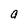
Character: a